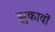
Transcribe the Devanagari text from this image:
झुकावों